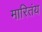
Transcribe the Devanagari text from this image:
मारितंय